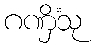
ဂဏှိံသု